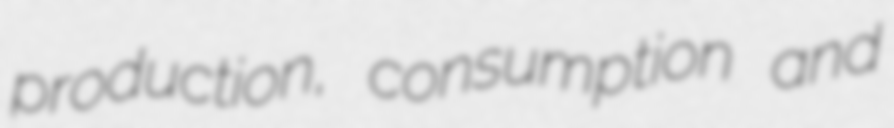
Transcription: production, consumption and